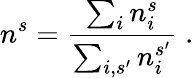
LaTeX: n^{s}=\frac{\sum_{i}n_{i}^{s}}{\sum_{i,s^{\prime}}n_{i}^{s^{\prime}}}\; .